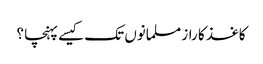
کاغذ کا راز مسلمانوں تک کیسے پہنچا ؟